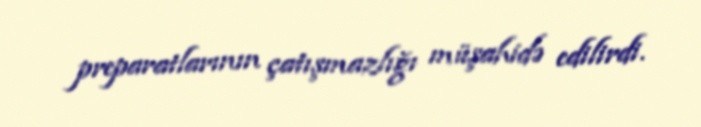
preparatlarının çatışmazlığı müşahidə edilirdi.